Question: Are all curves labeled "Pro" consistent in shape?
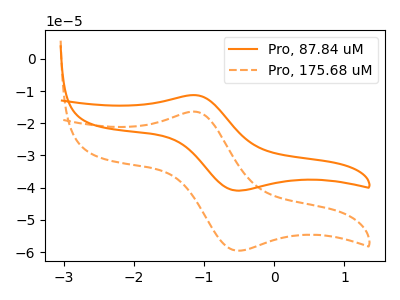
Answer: <think>The orange curve "Pro, 87.84 uM" has an anodic peak at (-1.15V, -11.25uA) and a cathodic peak at (-0.55V, -40.90uA). The orange dashed curve "Pro, 175.68 uM" has an anodic peak at (-1.15V, -16.40uA) and a cathodic peak at (-0.55V, -59.50uA).
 All the peaks in "Pro, 87.84 uM" have a peak in "Pro, 175.68 uM" at the same potential.</think>
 <answer>All the CV's of "Pro" have similar shape.</answer>
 <eval>follow_rule</eval>